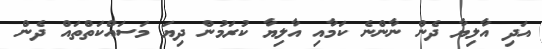
އަދި އާލިޔާ ދެން ނާންނެ ކަމާއި އާލިޔާ ކުރަމުން ދިޔަ މަސައްކަތްތައް ދެން